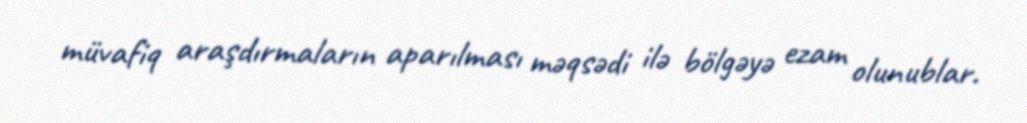
müvafiq araşdırmaların aparılması məqsədi ilə bölgəyə ezam olunublar.